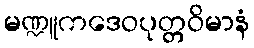
မဏ္ဍူကဒေဝပုတ္တဝိမာနံ